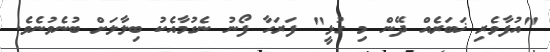
"އުފާވެރި ޚަބަރެއް ދޭން މި ގުޅީ" ފަރަހާ ފޯނު ނެގުމާއެކު ބިލާލަށް ބުނެވުނެވެ.